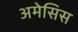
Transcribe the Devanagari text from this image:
अमेसिस